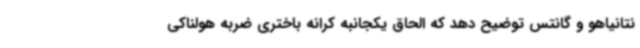
نتانیاهو و گانتس توضیح دهد که الحاق یکجانبه کرانه باختری ضربه هولناکی